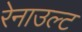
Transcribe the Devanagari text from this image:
रेनाउल्ट